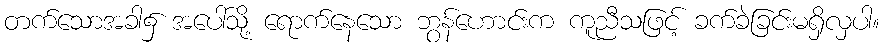
တက်သောအခါ၌ အပေါ်သို့ ရောက်နေသော ဘွန်ဟောင်းက ကူညီသဖြင့် ခက်ခဲခြင်းမရှိလှပါ။